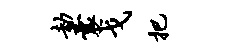
劫囊戈把